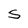
Character: S